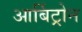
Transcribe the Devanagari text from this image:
आर्बिट्रोन